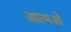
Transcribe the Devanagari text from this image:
आत्मओं